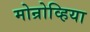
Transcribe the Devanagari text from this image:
मोन्रोव्हिया